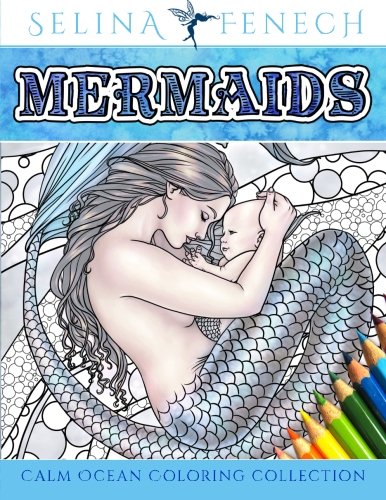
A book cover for Mermaids - Calm Ocean Coloring Collection (Fantasy Art Coloring by Selina) (Volume 2); Selina Fenech; Crafts, Hobbies & Home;